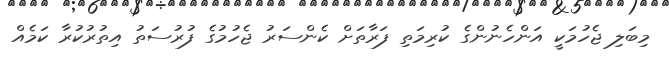
މިބަލި ޖެހުމަކީ އަންހެނުންގެ ކުރިމަތި ފަރާތަށް ކެންސަރު ޖެހުމުގެ ފުރުސަތު އިތުރުކުރާ ކަމެއް